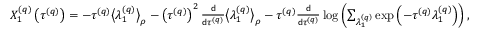
\begin{array} { r } { X _ { 1 } ^ { \left( q \right) } \left( \tau ^ { \left( q \right) } \right) = - \tau ^ { \left( q \right) } \big \langle \lambda _ { 1 } ^ { \left( q \right) } \big \rangle _ { \rho } - \left( \tau ^ { \left( q \right) } \right) ^ { 2 } \frac { \mathsf { d } } { \mathsf { d } \tau ^ { \left( q \right) } } \big \langle \lambda _ { 1 } ^ { \left( q \right) } \big \rangle _ { \rho } - \tau ^ { \left( q \right) } \frac { \mathsf { d } } { \mathsf { d } \tau ^ { \left( q \right) } } \log \left( \sum _ { \lambda _ { 1 } ^ { \left( q \right) } } \exp \left( - \tau ^ { \left( q \right) } \lambda _ { 1 } ^ { \left( q \right) } \right) \right) , } \end{array}